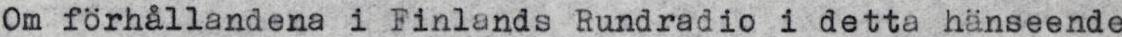
Om förhållandena i Finlands Rundradio i detta hänseende